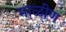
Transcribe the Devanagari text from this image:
माळीण